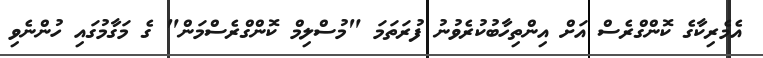
އެމެރިކާގެ ކޮންގްރެސް އަށް އިންތިހާބުކުރެވުނު ފުރަތަމަ "މުސްލިމް ކޮންގްރެސްމަން" ގެ މަގާމުގައި ހުންނެވި